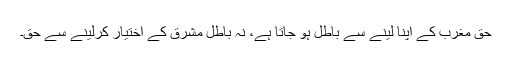
حق مغرب کے اپنا لینے سے باطل ہو جاتا ہے، نہ باطل مشرق کے اختیار کرلینے سے حق۔